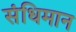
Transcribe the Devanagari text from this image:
संधिमान